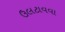
ઉલટાવવા